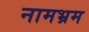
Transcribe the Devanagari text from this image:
नामभ्रम